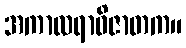
အကာလရာဝိဇာတက။